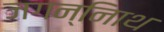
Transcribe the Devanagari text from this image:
जगन्नािथ